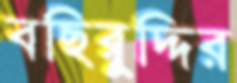
বছিরুদ্দির